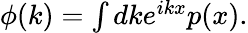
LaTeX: \begin{array}{r}{\phi(k)=\int dke^{ikx}p(x).}\end{array}